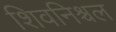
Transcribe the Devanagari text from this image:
शिवनिश्चल